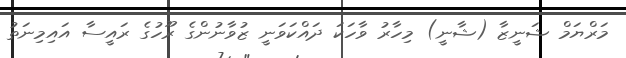
މަރްޔަމް ޝަނީޒާ (ޝާނީ) މިހާރު ވާހަކަ ދައްކަވަނީ ޒުވާނުންގެ ރޫހުގެ ރައީސާ އައިމިނަތު